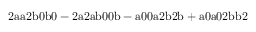
\mathrm { 2 a a 2 b 0 b 0 - 2 a 2 a b 0 0 b - a 0 0 a 2 b 2 b + a 0 a 0 2 b b 2 }